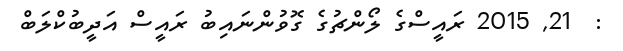
:  21